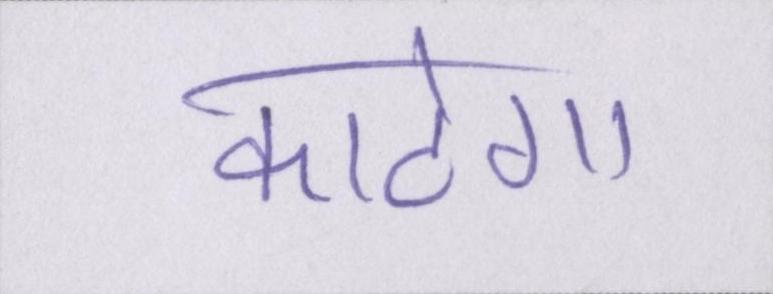
काटेगा